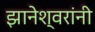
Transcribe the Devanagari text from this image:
झानेश्वरांनी